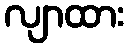
လျာထား